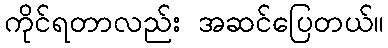
ကိုင်ရတာလည်း အဆင်ပြေတယ်။